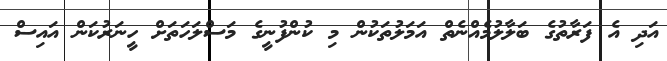
އަދި އެ ފަރާތުގެ ބަލާލުމެއްނެތް އަމަލުތަކުން މި ކުންފުނީގެ މަސްލަހަތަށް ހީނަރުކަން އައިސް